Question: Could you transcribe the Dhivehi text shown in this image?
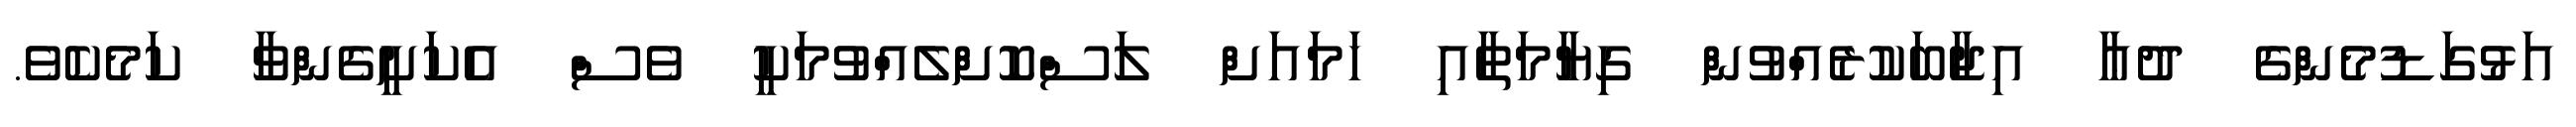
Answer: އަޅުގަޑުމެންގެ ދުޢާ އިޖާބަކުރެއްވުން ގިޔާމަތާއި ހަމައަށް ލަސްކޮށްލެއްވުމަކީ ވެސް އެކަށީގެންވާ ކަމެކެވެ.